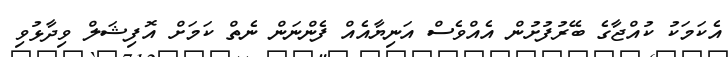
އެކަމަކު ކުއްޖާގެ ބޭރުފުށުން އެއްވެސް އަނިޔާއެއް ފެންނަން ނެތް ކަމަށް އޮފިޝަލް ވިދާޅުވި